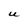
Character: U